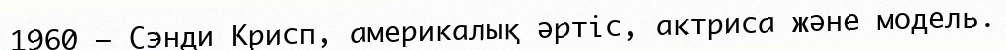
1960 — Сэнди Крисп, америкалық әртіс, актриса және модель.